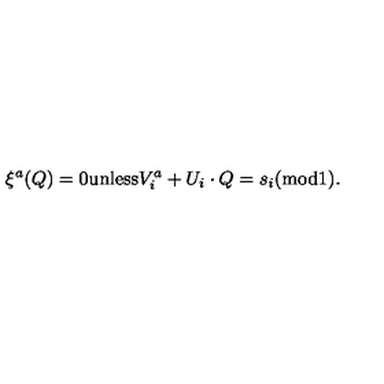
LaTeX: \xi ^ { a } ( Q ) = 0 { \mathrm { u n l e s s } } V _ { i } ^ { a } + U _ { i } \cdot Q = s _ { i } ( { \mathrm { m o d } } 1 ) .